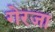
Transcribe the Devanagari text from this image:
गेरजा